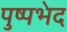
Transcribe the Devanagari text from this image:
पुष्पभेद